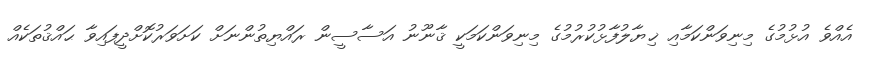
އެއްވެ އުޅުމުގެ މިނިވަންކަމާއި ޚިޔާލުފާޅުކުރުމުގެ މިނިވަންކަމަކީ ޤާނޫނު އަސާސީން ރައްޔިތުންނަށް ކަށަވަރުކޮށްދީފައިވާ ޙައްޤުތަކެއް